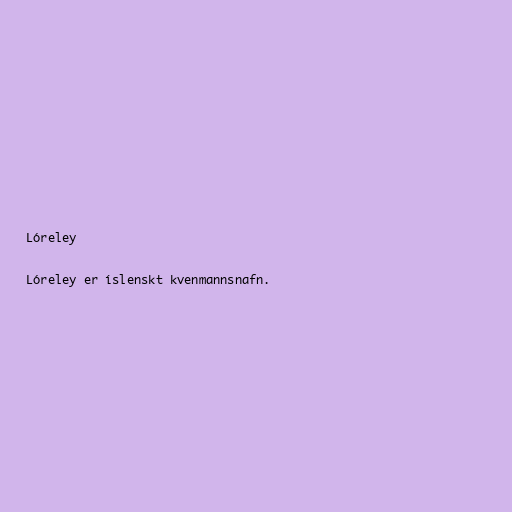
Lóreley

Lóreley er íslenskt kvenmannsnafn.